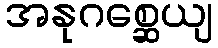
အနုဂစ္ဆေယျ